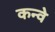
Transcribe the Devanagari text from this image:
कन्वे